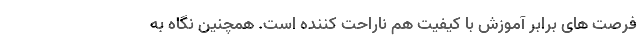
فرصت های برابر آموزش با کیفیت هم ناراحت کننده است. همچنین نگاه به